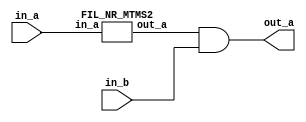
`timescale 1ns/1ns
module FIL_NR_MTMS1 (out_a, in_a, in_b);
   input in_a;
   input in_b;
   output out_a;
   wire w;
   FIL_NR_MTMS2 n1(w, in_a);
   assign out_a = w & in_b;
endmodule

`timescale 1ps/1ps
module FIL_NR_MTMS2 (out_a, in_a);
   input in_a;
   output out_a;
   assign out_a = ~in_a;
endmodule